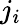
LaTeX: j_{i}